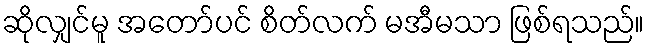
ဆိုလျှင်မူ အတော်ပင် စိတ်လက် မအီမသာ ဖြစ်ရသည်။